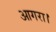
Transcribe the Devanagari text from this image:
आगरा।